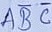
Text: ABC